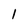
Character: 1